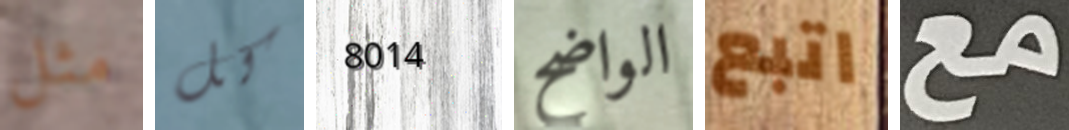
مثل كل 8014 الواضح اتبع مع